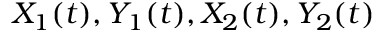
X _ { 1 } ( t ) , Y _ { 1 } ( t ) , X _ { 2 } ( t ) , Y _ { 2 } ( t )